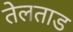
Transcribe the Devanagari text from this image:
तेलताड